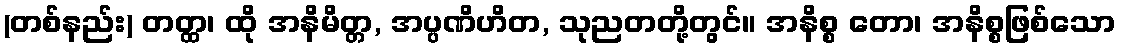
(တစ်နည်း) တတ္ထ၊ ထို အနိမိတ္တ, အပ္ပဏိဟိတ, သုညတတို့တွင်။ အနိစ္စ တော၊ အနိစ္စဖြစ်သော